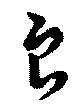
良